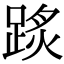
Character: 𨂂